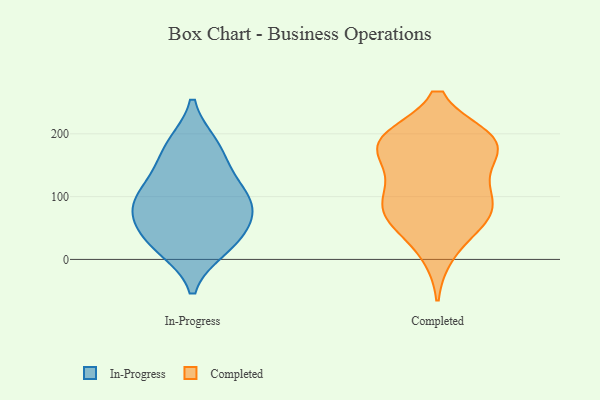
{"axis": {"x": "Market Share (%)", "y": "Value"}, "legend": ["Completed", "In-Progress"], "data": [{"x": "", "y": 91, "type": "In-Progress"}, {"x": "", "y": 116, "type": "In-Progress"}, {"x": "", "y": 18, "type": "In-Progress"}, {"x": "", "y": 182, "type": "In-Progress"}, {"x": "", "y": 75, "type": "In-Progress"}, {"x": "", "y": 30, "type": "In-Progress"}, {"x": "", "y": 77, "type": "In-Progress"}, {"x": "", "y": 60, "type": "In-Progress"}, {"x": "", "y": 24, "type": "In-Progress"}, {"x": "", "y": 180, "type": "In-Progress"}, {"x": "", "y": 143, "type": "In-Progress"}, {"x": "", "y": 102, "type": "In-Progress"}, {"x": "", "y": 60, "type": "Completed"}, {"x": "", "y": 183, "type": "Completed"}, {"x": "", "y": 191, "type": "Completed"}, {"x": "", "y": 76, "type": "Completed"}, {"x": "", "y": 125, "type": "Completed"}, {"x": "", "y": 66, "type": "Completed"}, {"x": "", "y": 186, "type": "Completed"}, {"x": "", "y": 85, "type": "Completed"}, {"x": "", "y": 188, "type": "Completed"}, {"x": "", "y": 11, "type": "Completed"}, {"x": "", "y": 186, "type": "Completed"}, {"x": "", "y": 124, "type": "Completed"}, {"x": "", "y": 180, "type": "Completed"}, {"x": "", "y": 85, "type": "Completed"}]}